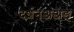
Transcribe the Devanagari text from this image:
दर्शनअअङ्